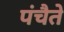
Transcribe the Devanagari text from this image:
पंचैते